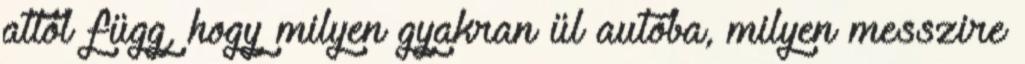
attól függ, hogy milyen gyakran ül autóba, milyen messzire